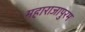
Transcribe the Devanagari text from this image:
महाराजापुरम